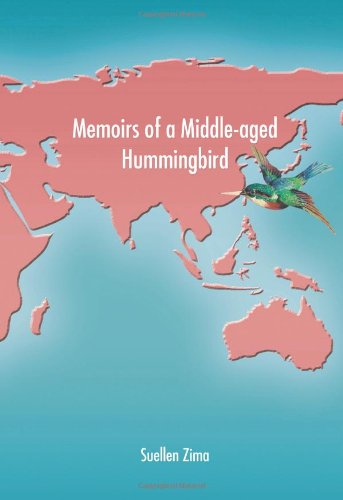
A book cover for Memoirs of a Middle-aged Hummingbird; Suellen Zima; Travel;